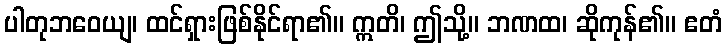
ပါတုဘဝေယျ၊ ထင်ရှားဖြစ်နိုင်ရာ၏။ ဣတိ၊ ဤသို့။ ဘဏထ၊ ဆိုကုန်၏။ ဧတံ